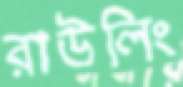
রাউলিং